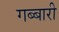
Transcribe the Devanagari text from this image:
गब्बारी